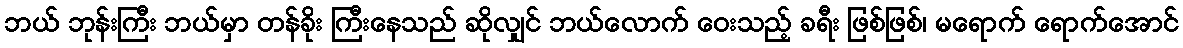
ဘယ် ဘုန်းကြီး ဘယ်မှာ တန်ခိုး ကြီးနေသည် ဆိုလျှင် ဘယ်လောက် ဝေးသည့် ခရီး ဖြစ်ဖြစ်၊ မရောက် ရောက်အောင်